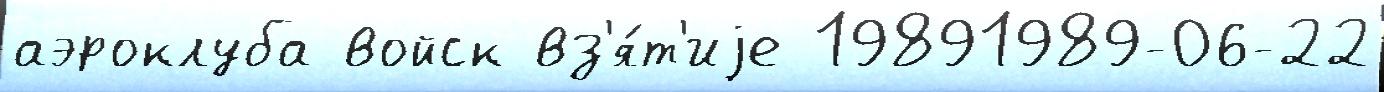
аэроклуба войск вз'я́т'иjе 19891989-06-22